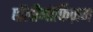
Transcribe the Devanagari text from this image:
पॉलीमोर्फिज़म